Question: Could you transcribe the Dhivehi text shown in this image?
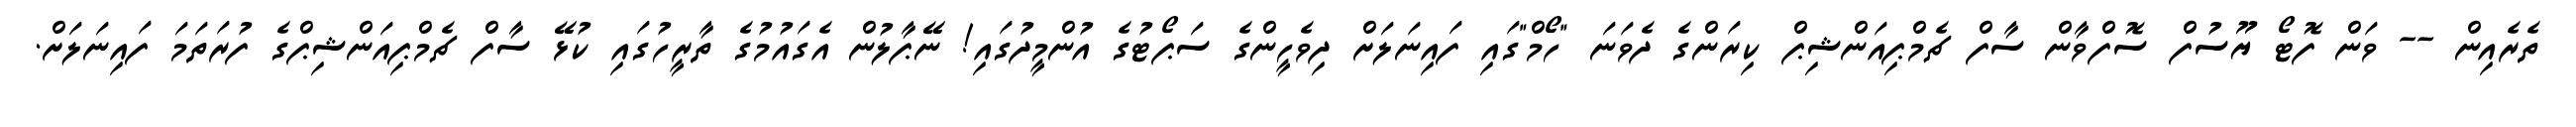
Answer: ތެރެއިން -- ވަން ފޮޓޯ ޔޫސުފް ސޮފްވާން ސާފް ޗެމްޕިއަންޝިޕް ކިރަންގެ ދެވަނަ "ހޯމް"ގައި ފައިނަލަށް ދިވެހީންގެ ސަޕޯޓުގެ އުންމީދުގައި! ނޭޕާލުން އެގައުމުގެ ތާރީހުގައި ކުޅޭ ސާފް ޗެމްޕިއަންޝިޕްގެ ފުރަތަމަ ފައިނަލަށް.